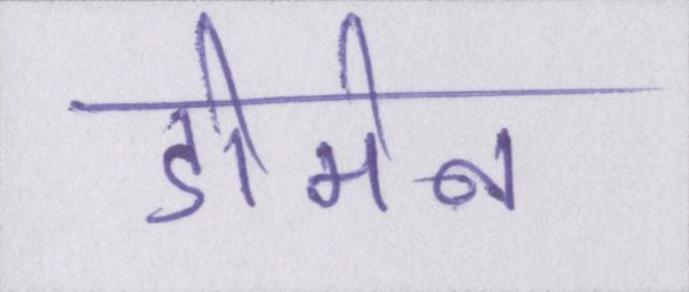
डोमेन